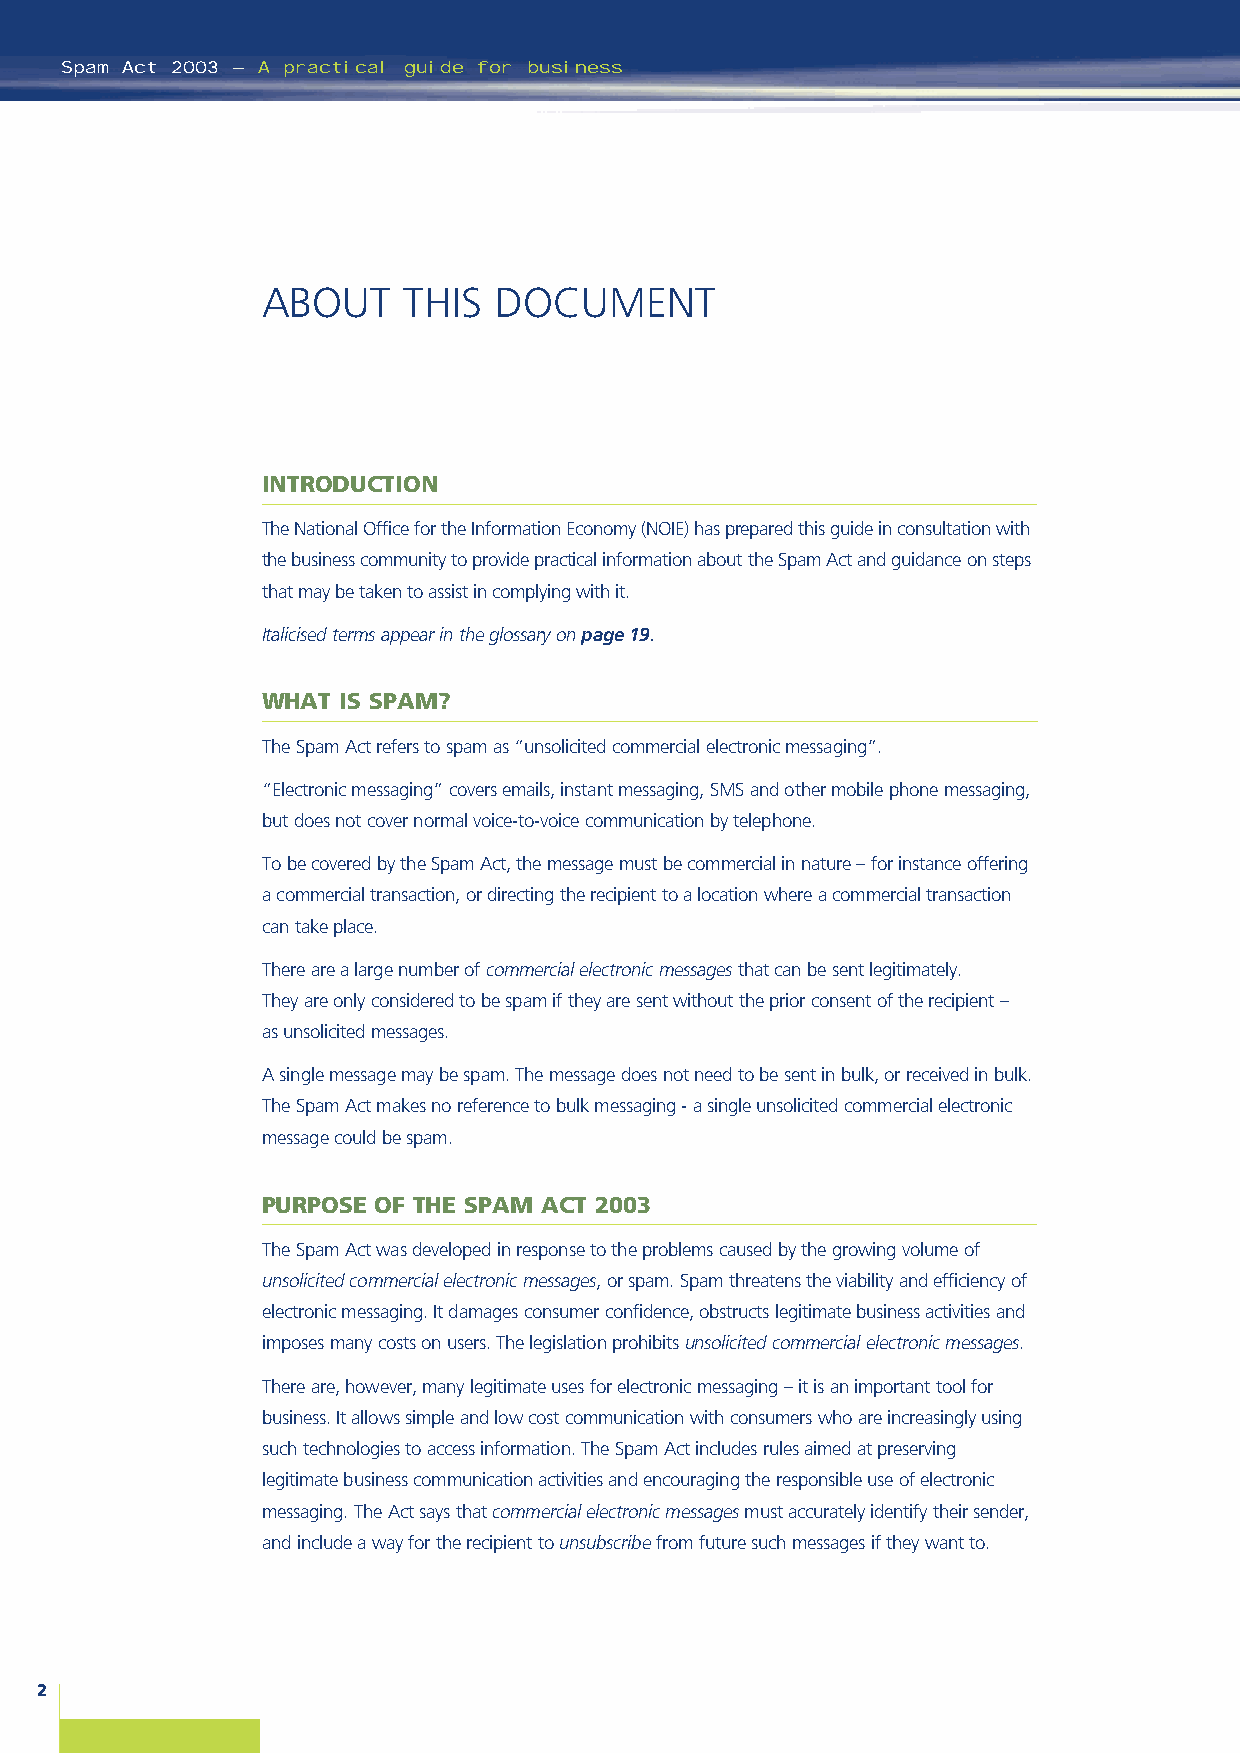
Spam Act 2003 – A practical guide for business
 ABOUT     THIS  DOCUMENT
 INTRODUCTION
 The National Office for the Information Economy (NOIE) has prepared this guide in consultation with
 the business community to provide practical information about the Spam Act and guidance on steps
 that may be taken to assist in complying with it.
 Italicised terms appear in the glossary on page 19.
 WHAT IS SPAM?
 The Spam Act refers to spam as “unsolicited commercial electronic messaging”.
 “Electronic messaging” covers emails, instant messaging, SMS and other mobile phone messaging,
 but does not cover normal voice-to-voice communication by telephone.
 To be covered by the Spam Act, the message must be commercial in nature – for instance offering
 a commercial transaction, or directing the recipient to a location where a commercial transaction
 can take place.
 There are a large number of commercial electronic messagesthat can be sent legitimately.
 They are only considered to be spam if they are sent without the prior consent of the recipient –
 as unsolicited messages.
 A single message may be spam. The message does not need to be sent in bulk, or received in bulk.
 The Spam Act makes no reference to bulk messaging - a single unsolicited commercial electronic
 message could be spam.
 PURPOSE OF THE SPAM ACT 2003
 The Spam Act was developed in response to the problems caused by the growing volume of
 unsolicited commercial electronic messages, or spam. Spam threatens the viability and efficiency of
 electronic messaging. It damages consumer confidence, obstructs legitimate business activities and
 imposes many costs on users. The legislation prohibits unsolicited commercial electronic messages.
 There are, however, many legitimate uses for electronic messaging – it is an important tool for
 business. It allows simple and low cost communication with consumers who are increasingly using
 such technologies to access information. The Spam Act includes rules aimed at preserving
 legitimate business communication activities and encouraging the responsible use of electronic
 messaging. The Act says that commercial electronic messagesmust accurately identify their sender,
 and include a way for the recipient to unsubscribefrom future such messages if they want to.
 2